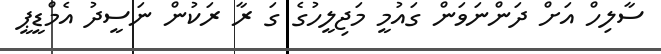
ސާލިހް އަށް ދަންނަވަން ގައުމީ މަޖިލީހުގެ ގަ ރާ ރަކުން ނަސީދު އެމްޑީޕީ